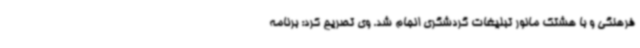
فرهنگی و با هشتک مانور تبلیغات گردشگری انجام شد. وی تصریح کرد: برنامه